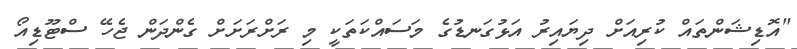
"އޮޑިޝަންތައް ކުރިއަށް ދިޔައިރު އަޅުގަނޑުގެ މަސައްކަތަކީ މި ރަށްރަށަށް ގެންދަން ޖެހޭ ސްޓޫޑިއޯ